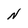
Character: N